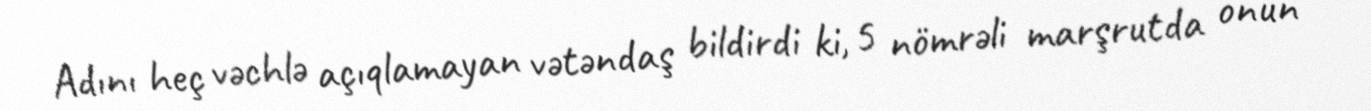
Adını heç vəchlə açıqlamayan vətəndaş bildirdi ki, 5 nömrəli marşrutda onun